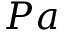
P a